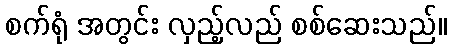
စက်ရုံ အတွင်း လှည့်လည် စစ်ဆေးသည်။